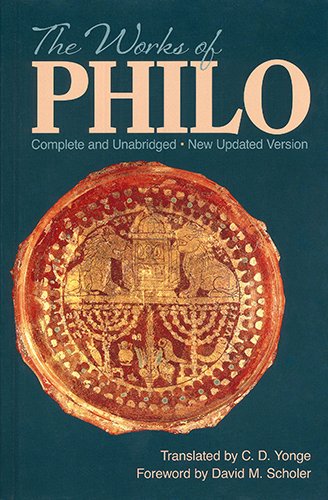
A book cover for The Works of Philo: Complete and Unabridged, New Updated Edition; Biographies & Memoirs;